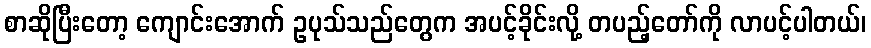
စာဆိုပြီးတော့ ကျောင်းအောက် ဥပုသ်သည်တွေက အပင့်ခိုင်းလို့ တပည့်တော်ကို လာပင့်ပါတယ်၊